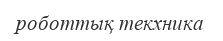
роботтық текхника